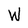
Character: W